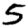
Digit: 5